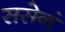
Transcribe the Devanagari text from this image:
ससेनं